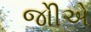
જોીએ